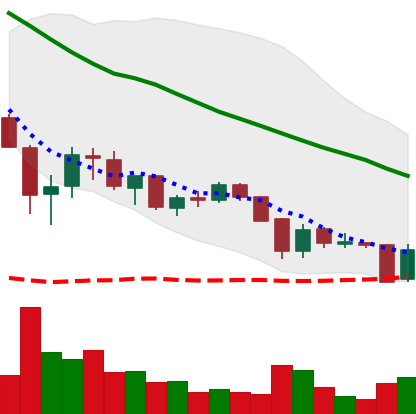
Ticker: XRP-USD
Chart end date: 2018-05-29
Forward return: 11.637%
Label: up_7plus